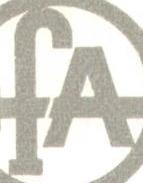
FA